NAE_EAA_T-354_Tartu_Tamme_Gumnaasium, lk 98
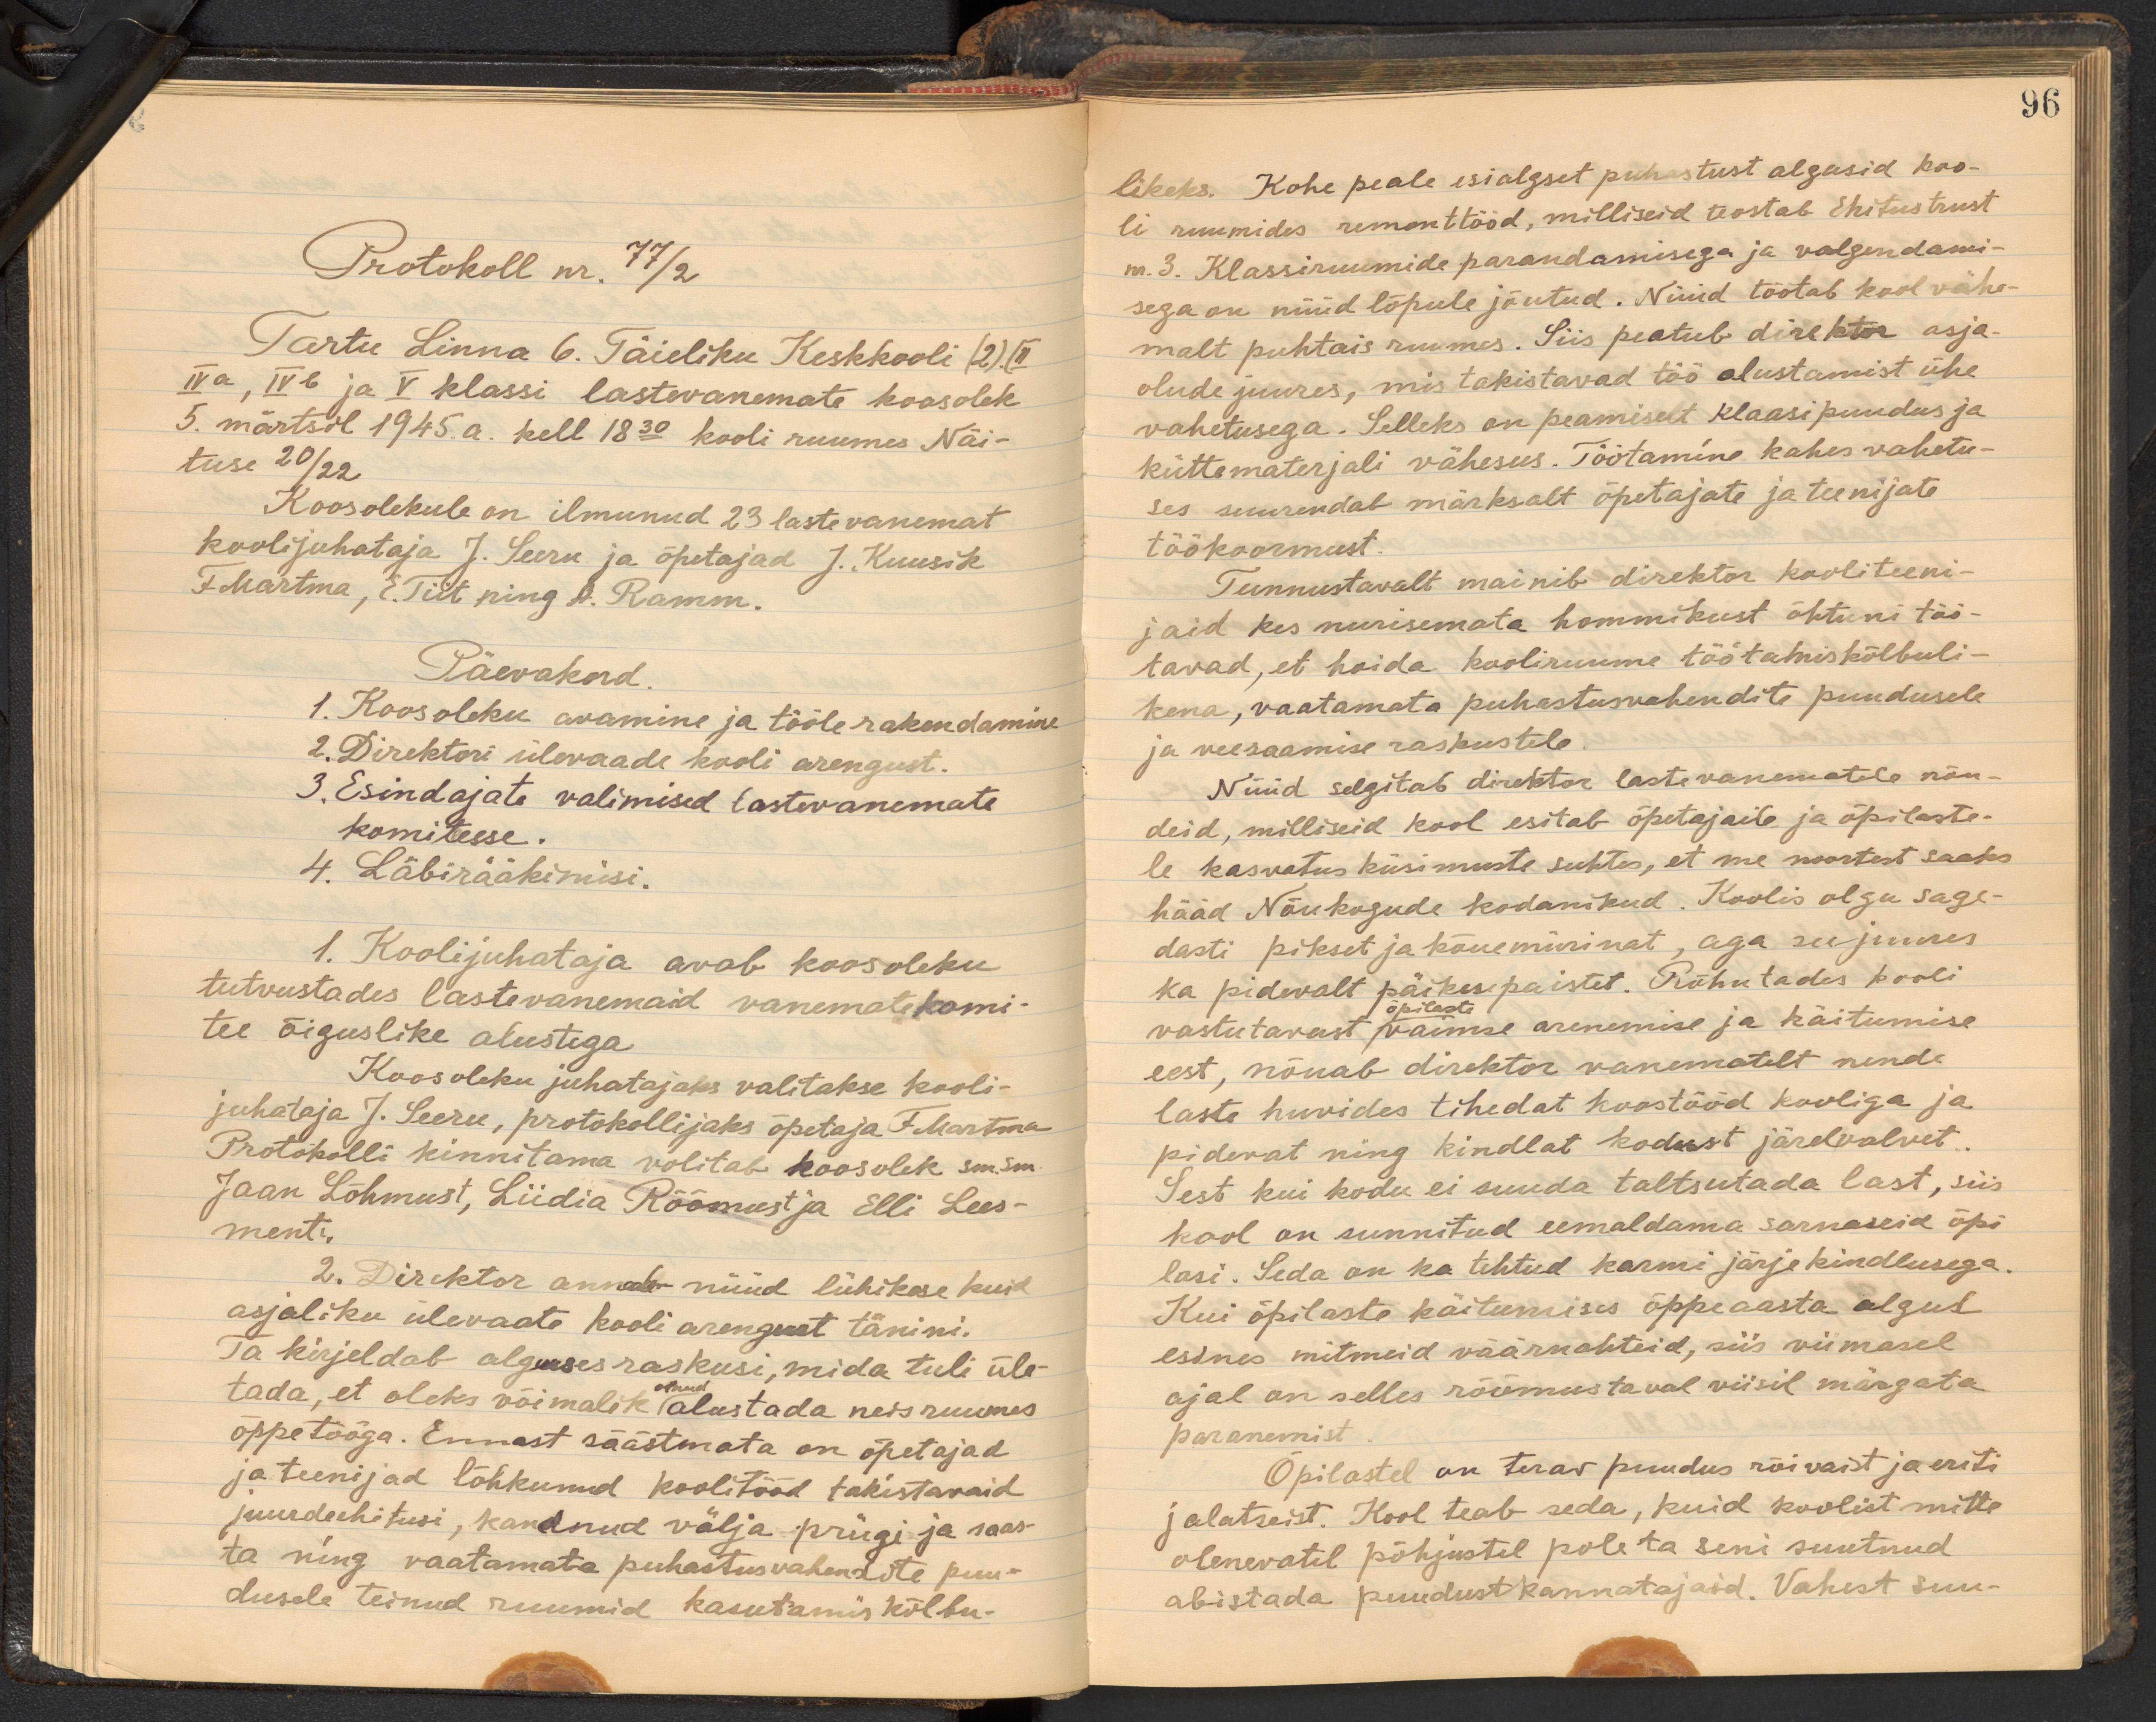
Protokoll nr. 77/2
Tartu Linna 6. Täieliku Keskkooli (2). (II
IVa, IVb ja V klassi lastevanemate koosolek
5. märtsil 1945. a. kell 18.30 kooli ruumes Näi-
tuse 20/22
Koosolekule on ilmunud 23 lastevanemat
koolijuhataja J. Seeru ja õpetajad J. Kuusik
F. Martma, E. Tiit ning A. Ramm.
Päevakord.
1. Koosoleku avamine ja tööle rakendamine
2. Direktori ülevaade kooli arengust.
3. Esindajate valimised lastevanemate
komiteesse.
4. Läbirääkimisi.
1. Koolijuhataja avab koosoleku
tutvustades lastevanemaid vanemate komi-
tee õiguslike alustega
Koosoleku juhatajaks valitakse kooli-
juhataja J. Seeru, protokollijaks õpetaja F. Martma
Protokolli kinnitama volitab koosolek sm.sm.
Jaan Lõhmust, Liidia Rõõmust ja Elli Lees-
menti.
2. Direktor annab nüüd lühikese kuid
asjaliku ülevaate kooli arengust tänini.
Ta kirjeldab alguses raskusi, mida tuli üle-
tada, et oleks võimalik olnud alustada neis ruumes
õppetööga. Ennast säästmata on õpetajad
ja teenijad lõhkunud koolitööd takistavaid.
juurdeehitusi, kandnud välja prügi ja saas-
ta ning vaatamata puhastusvahendite puu-
dusele teinud ruumid kasutamis kõlbu-

96
likeks. Kohe peale esialgset puhastust algasid koo-
li ruumides remonttööd, milliseid teostab Ehitustrust
nr. 3. Klassiruumide parandamisega ja valgendami-
sega on nüüd lõpule jõutud. Nimelt töötab kool vähe-
malt puhtais ruumes. Siis peatub direktor asja
olude juures, mis takistavad töö alustamist ühe
vahetusega. Selleks on peamiselt klaasipuudus ja
küttematerjali vähesus. Töötamine kahes vahetu-
ses suurendab märksalt õpetajate ja teenijate
töökoormust.
Tunnustavalt mainib direktor kooliteeni-
jaid kes nurisemata hommikust õhtuni töö-
tavad, et hoida kooliruume töötamiskõlbuli-
kena, vaatamata puhastusvahendite puudusele.
ja veesaamise raskustele.
Nüüd selgitab direktor lastevanematele nõu-
deid, milliseid kool esitab õpetajaile ja õpilaste-
le kasvatus küsimuste suhtes, et me noortest saaks
hääd Nõukogude kodanikud. Koolis olgu sage-
dasti pikset ja kõuemürinat, aga seejuures
ka pidevalt päikesepaistet. Rõhutades kooli
vastutavust vaimse arenemise ja käitumise
õpilaste.
eest, nõuab direktor vanematelt nende
laste huvides tihedat koostööd kooliga ja
pidevat ning kindlat kodust järelealvet.
Sest kui kodu ei suuda taltsutada last, siis
kool on sunnitud eemaldama sarnaseid õpi-
lasi. Seda on ka tehtud karmi järjekindlusega.
Kui õpilaste käitumises õppeaasta algul
esines mitmeid väärnahteid, siis viimasel
ajal on selles rõõmustaval viisil märgata
paranemist.
Õpilastel on terav puudus rõivaist ja eriti
jalatseist. Kool teab seda, kuid koolist mitte
olenevatel põhjustel pole ta seni suutnud
abistada puudustkannatajaid. Vahest suu-